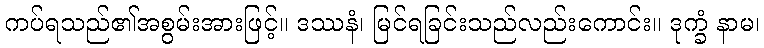
ကပ်ရသည်၏အစွမ်းအားဖြင့်။ ဒဿနံ၊ မြင်ရခြင်းသည်လည်းကောင်း။ ဒုက္ခံ နာမ၊